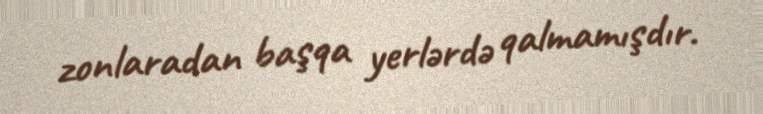
zonlaradan başqa yerlərdə qalmamışdır.